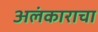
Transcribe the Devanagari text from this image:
अलंकाराचा